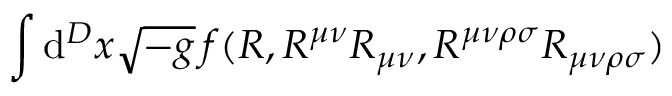
\int \mathrm { d } ^ { D } x { \sqrt { - g } } \, f ( R , R ^ { \mu \nu } R _ { \mu \nu } , R ^ { \mu \nu \rho \sigma } R _ { \mu \nu \rho \sigma } )